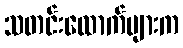
သတင်းထောက်များက